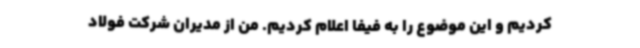
کردیم و این موضوع را به فیفا اعلام کردیم. من از مدیران شرکت فولاد